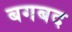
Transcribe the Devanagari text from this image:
बगबद